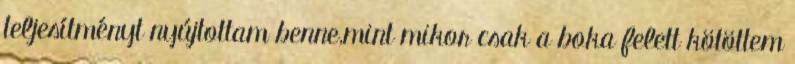
teljesítményt nyújtottam benne,mint mikor csak a boka felett kötöttem